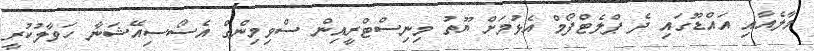
މާލެއާއި އައްޑޫގައި ދެ ޕްލެޓްފޯމް އެޅުމަށް ޔޫތު މިނިސްޓްރީއިން ސްވިމިންގް އެސޯސިއޭޝަނާ ހަވާލުކުރީ